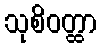
သုစိဝတ္ထာ